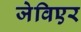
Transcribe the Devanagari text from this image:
जेविएर